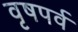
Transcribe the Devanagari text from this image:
वृषपर्व